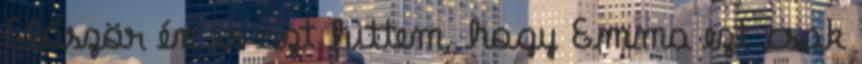
Először én is azt hittem, hogy Emma ezt csak